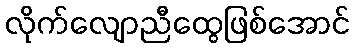
လိုက်လျောညီထွေဖြစ်အောင်